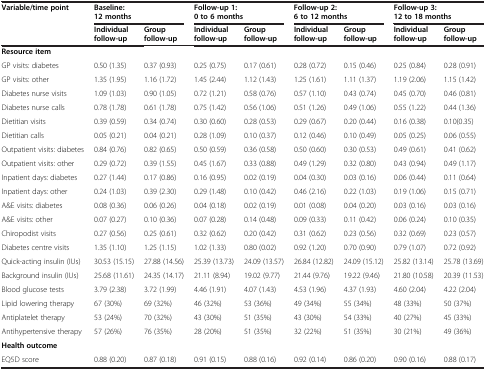
<table><thead><tr><td><b>Variable/time point</b></td><td colspan="2"><b>Baseline: 12 months</b></td><td colspan="2"><b>Follow-up 1: 0 to 6 months</b></td><td colspan="2"><b>Follow-up 2: 6 to 12 months</b></td><td colspan="2"><b>Follow-up 3: 12 to 18 months</b></td></tr><tr><td><b> </b></td><td><b>Individual follow-up</b></td><td><b>Group follow-up</b></td><td><b>Individual follow-up</b></td><td><b>Group follow-up</b></td><td><b>Individual follow-up</b></td><td><b>Group follow-up</b></td><td><b>Individual follow-up</b></td><td><b>Group follow-up</b></td></tr></thead><tbody><tr><td><b>Resource item</b></td><td> </td><td> </td><td> </td><td> </td><td> </td><td> </td><td> </td><td> </td></tr><tr><td>GP visits: diabetes</td><td>0.50 (1.35)</td><td>0.37 (0.93)</td><td>0.25 (0.75)</td><td>0.17 (0.61)</td><td>0.28 (0.72)</td><td>0.15 (0.46)</td><td>0.25 (0.84)</td><td>0.28 (0.91)</td></tr><tr><td>GP visits: other</td><td>1.35 (1.95)</td><td>1.16 (1.72)</td><td>1.45 (2.44)</td><td>1.12 (1.43)</td><td>1.25 (1.61)</td><td>1.11 (1.37)</td><td>1.19 (2.06)</td><td>1.15 (1.42)</td></tr><tr><td>Diabetes nurse visits</td><td>1.09 (1.03)</td><td>0.90 (1.05)</td><td>0.72 (1.21)</td><td>0.58 (0.76)</td><td>0.57 (1.10)</td><td>0.43 (0.74)</td><td>0.45 (0.70)</td><td>0.46 (0.81)</td></tr><tr><td>Diabetes nurse calls</td><td>0.78 (1.78)</td><td>0.61 (1.78)</td><td>0.75 (1.42)</td><td>0.56 (1.06)</td><td>0.51 (1.26)</td><td>0.49 (1.06)</td><td>0.55 (1.22)</td><td>0.44 (1.36)</td></tr><tr><td>Dietitian visits</td><td>0.39 (0.59)</td><td>0.34 (0.74)</td><td>0.30 (0.60)</td><td>0.28 (0.53)</td><td>0.29 (0.67)</td><td>0.20 (0.44)</td><td>0.16 (0.38)</td><td>0.10(0.35)</td></tr><tr><td>Dietitian calls</td><td>0.05 (0.21)</td><td>0.04 (0.21)</td><td>0.28 (1.09)</td><td>0.10 (0.37)</td><td>0.12 (0.46)</td><td>0.10 (0.49)</td><td>0.05 (0.25)</td><td>0.06 (0.55)</td></tr><tr><td>Outpatient visits: diabetes</td><td>0.84 (0.76)</td><td>0.82 (0.65)</td><td>0.50 (0.59)</td><td>0.36 (0.58)</td><td>0.50 (0.60)</td><td>0.30 (0.53)</td><td>0.49 (0.61)</td><td>0.41 (0.62)</td></tr><tr><td>Outpatient visits: other</td><td>0.29 (0.72)</td><td>0.39 (1.55)</td><td>0.45 (1.67)</td><td>0.33 (0.88)</td><td>0.49 (1.29)</td><td>0.32 (0.80)</td><td>0.43 (0.94)</td><td>0.49 (1.17)</td></tr><tr><td>Inpatient days: diabetes</td><td>0.27 (1.44)</td><td>0.17 (0.86)</td><td>0.16 (0.95)</td><td>0.02 (0.19)</td><td>0.04 (0.30)</td><td>0.03 (0.16)</td><td>0.06 (0.44)</td><td>0.11 (0.64)</td></tr><tr><td>Inpatient days: other</td><td>0.24 (1.03)</td><td>0.39 (2.30)</td><td>0.29 (1.48)</td><td>0.10 (0.42)</td><td>0.46 (2.16)</td><td>0.22 (1.03)</td><td>0.19 (1.06)</td><td>0.15 (0.71)</td></tr><tr><td>A&amp;E visits: diabetes</td><td>0.08 (0.36)</td><td>0.06 (0.26)</td><td>0.04 (0.18)</td><td>0.02 (0.19)</td><td>0.01 (0.08)</td><td>0.04 (0.20)</td><td>0.03 (0.16)</td><td>0.03 (0.16)</td></tr><tr><td>A&amp;E visits: other</td><td>0.07 (0.27)</td><td>0.10 (0.36)</td><td>0.07 (0.28)</td><td>0.14 (0.48)</td><td>0.09 (0.33)</td><td>0.11 (0.42)</td><td>0.06 (0.24)</td><td>0.10 (0.35)</td></tr><tr><td>Chiropodist visits</td><td>0.27 (0.56)</td><td>0.25 (0.61)</td><td>0.32 (0.62)</td><td>0.20 (0.42)</td><td>0.31 (0.62)</td><td>0.23 (0.56)</td><td>0.32 (0.69)</td><td>0.23 (0.57)</td></tr><tr><td>Diabetes centre visits</td><td>1.35 (1.10)</td><td>1.25 (1.15)</td><td>1.02 (1.33)</td><td>0.80 (0.02)</td><td>0.92 (1.20)</td><td>0.70 (0.90)</td><td>0.79 (1.07)</td><td>0.72 (0.92)</td></tr><tr><td>Quick-acting insulin (IUs)</td><td>30.53 (15.15)</td><td>27.88 (14.56)</td><td>25.39 (13.73)</td><td>24.09 (13.57)</td><td>26.84 (12.82)</td><td>24.09 (15.12)</td><td>25.82 (13.14)</td><td>25.78 (13.69)</td></tr><tr><td>Background insulin (IUs)</td><td>25.68 (11.61)</td><td>24.35 (14.17)</td><td>21.11 (8.94)</td><td>19.02 (9.77)</td><td>21.44 (9.76)</td><td>19.22 (9.46)</td><td>21.80 (10.58)</td><td>20.39 (11.53)</td></tr><tr><td>Blood glucose tests</td><td>3.79 (2.38)</td><td>3.72 (1.99)</td><td>4.46 (1.91)</td><td>4.07 (1.43)</td><td>4.53 (1.96)</td><td>4.37 (1.93)</td><td>4.60 (2.04)</td><td>4.22 (2.04)</td></tr><tr><td>Lipid lowering therapy</td><td>67 (30%)</td><td>69 (32%)</td><td>46 (32%)</td><td>53 (36%)</td><td>49 (34%)</td><td>55 (34%)</td><td>48 (33%)</td><td>50 (37%)</td></tr><tr><td>Antiplatelet therapy</td><td>53 (24%)</td><td>70 (32%)</td><td>43 (30%)</td><td>51 (35%)</td><td>43 (30%)</td><td>54 (33%)</td><td>40 (27%)</td><td>45 (33%)</td></tr><tr><td>Antihypertensive therapy</td><td>57 (26%)</td><td>76 (35%)</td><td>28 (20%)</td><td>51 (35%)</td><td>32 (22%)</td><td>51 (35%)</td><td>30 (21%)</td><td>49 (36%)</td></tr><tr><td><b>Health outcome</b></td><td> </td><td> </td><td> </td><td> </td><td> </td><td> </td><td> </td><td> </td></tr><tr><td>EQ5D score</td><td>0.88 (0.20)</td><td>0.87 (0.18)</td><td>0.91 (0.15)</td><td>0.88 (0.16)</td><td>0.92 (0.14)</td><td>0.86 (0.20)</td><td>0.90 (0.16)</td><td>0.88 (0.17)</td></tr></tbody></table>